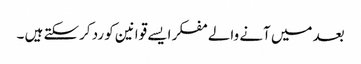
بعد میں آنے والے مفکر ایسے قوانین کو رد کرسکتے ہیں ۔